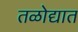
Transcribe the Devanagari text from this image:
तळोद्यात